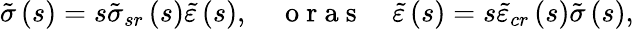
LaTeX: \tilde{\sigma}\left(s\right)=s\tilde{\sigma}_{sr}\left(s\right)\tilde{\varepsilon}\left(s\right),\quad\mathrm{~o~r~a~s~}\quad\tilde{\varepsilon}\left(s\right)=s\tilde{\varepsilon}_{cr}\left(s\right)\tilde{\sigma}\left(s\right),